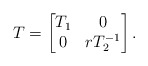
\begin{align*}T=\begin{bmatrix}T_1 & 0 \\0 & rT_2^{-1} \\ \end{bmatrix}.\end{align*}